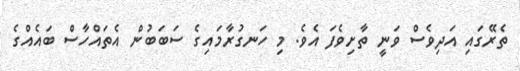
ތެރޭގައި އަދިވެސް ވަނީ ތާށިވެފަ އެވެ. މި ހަނގުރާމައިގެ ސަބަބުން އެތައްހާސް ބައެއްގެ